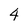
Character: 4